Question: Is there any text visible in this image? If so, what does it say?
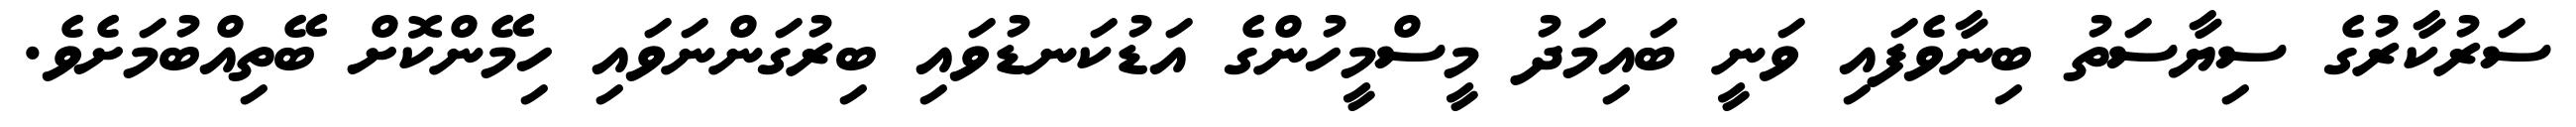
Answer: ސަރުކާރުގެ ސިޔާސަތު ބިނާވެފައި ވަނީ ބައިމަދު މީސްމީހުންގެ އަޑުކަނޑުވައި ބިރުގަންނަވައި ހިމޭންކޮށް ބޭތިއްބުމަށެވެ.